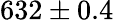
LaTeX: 632\pm{0.4}